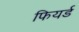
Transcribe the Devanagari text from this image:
फियर्ड